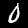
Digit: 0